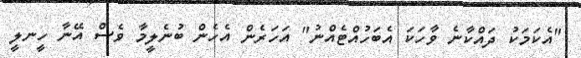
"އެކަމަކު ދައްކާނެ ވާހަކަ އެބަހުއްޓެއްނު" އަހަރެން އެހެން ބުނެލީމާ ވެސް އޭނާ ހީނލީ